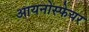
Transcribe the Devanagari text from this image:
आयनोस्फेयर